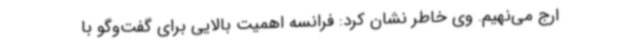
ارج می‌نهیم. وی خاطر نشان کرد: فرانسه اهمیت بالایی برای گفت‌وگو با